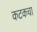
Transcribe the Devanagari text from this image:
कटकचा